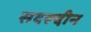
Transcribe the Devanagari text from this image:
सदरूद्दीन